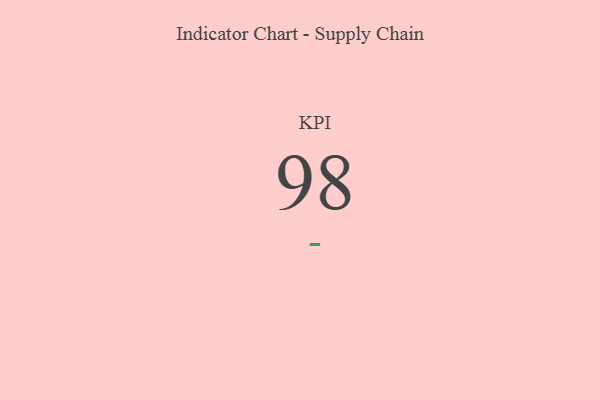
{"axis": {"x": "KPI", "y": "Value"}, "legend": [""], "data": [{"x": "KPI", "y": 98, "type": ""}]}